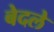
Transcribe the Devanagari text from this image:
बेदले